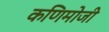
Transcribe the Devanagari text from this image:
कणिमोजी